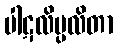
ပါဋလိပ္ပလိတာ